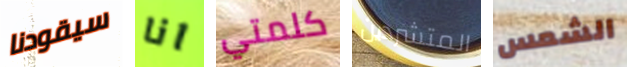
سيقودنا انا كلمتي المتشردين الشمس